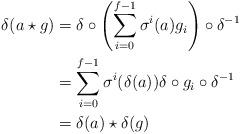
LaTeX: \begin{align*}\delta(a\star g) & = \delta\circ\left(\sum_{i=0}^{f-1} \sigma^{i}(a) g_i\right)\circ \delta^{-1}\\&=\sum_{i=0}^{f-1} \sigma^{i}(\delta(a)) \delta\circ g_i \circ \delta^{-1}\\ &=\delta(a)\star\delta(g)\end{align*}